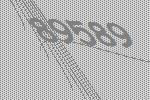
89589